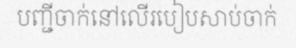
បញ្ជីចាក់នៅលើរបៀបសាប់ចាក់